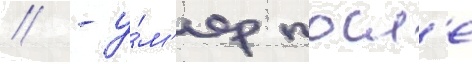
// - у́м'ер посл'е